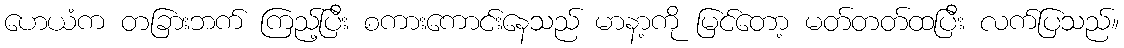
ဟေယံက တခြားဘက် ကြည့်ပြီး စကားကောင်းနေသည် မာနာ့ကို မြင်တော့ မတ်တတ်ထပြီး လက်ပြသည်။